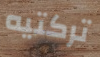
تركتيه